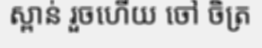
ស្ពាន់ រួចហើយ ចៅ ចិត្រ